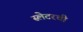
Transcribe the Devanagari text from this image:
स्लेटरची